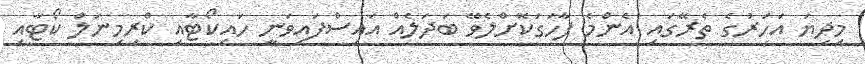
މިދިޔަ އަހަރުގެ ތެރޭގައި އެންމެ ފާހަގަކޮށްލެވޭ ބަދަލެއް އައިސްފައިވަނީ ހައިކޯޓާއި ކްރިމިނަލް ކޯޓާއި